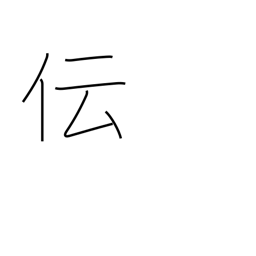
Meaning: communicate